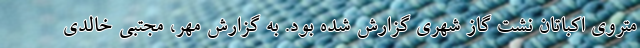
متروی اکباتان نشت گاز شهری گزارش شده بود. به گزارش مهر، مجتبی خالدی